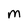
Character: M